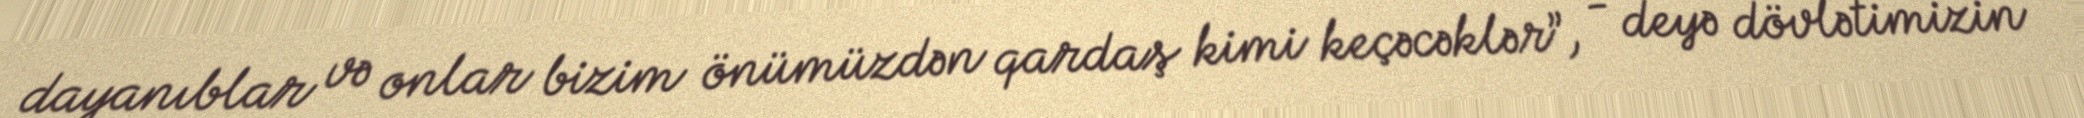
dayanıblar və onlar bizim önümüzdən qardaş kimi keçəcəklər”, - deyə dövlətimizin